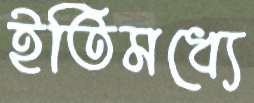
ইতিমধ্যে